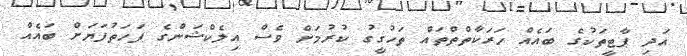
އަދި ޕާޓީތަކުގެ ބައެއް ހަރަކާތްތްތައް ތަހުގީގު ކުރުމަށް ވެސް އިލެކްޝަންގެ ފަހަތުފަޔަށް ބައެއް